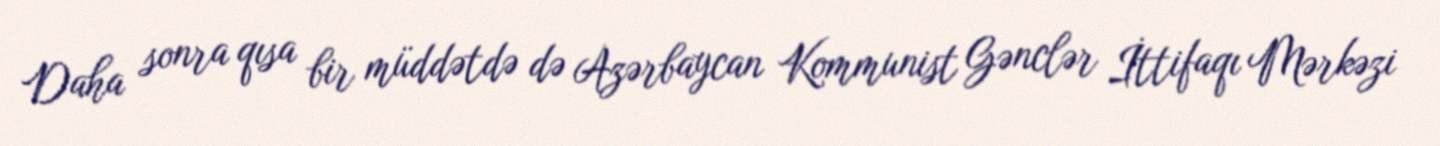
Daha sonra qısa bir müddətdə də Azərbaycan Kommunist Gənclər İttifaqı Mərkəzi